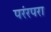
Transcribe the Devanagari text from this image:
परंरपरा